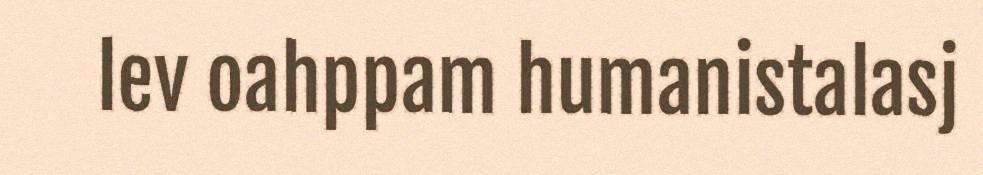
lev oahppam humanistalasj